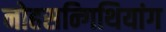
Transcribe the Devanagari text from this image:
नोहसन्गिथियांग